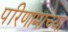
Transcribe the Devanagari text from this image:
परिणामांच्या